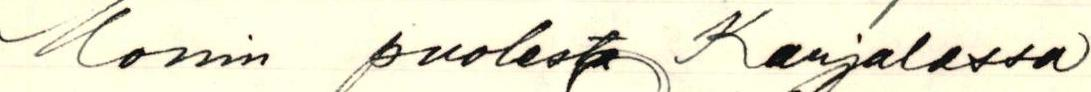
Monin puolesta Karjalassa